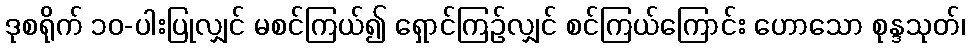
ဒုစရိုက် ၁၀-ပါးပြုလျှင် မစင်ကြယ်၍ ရှောင်ကြဉ်လျှင် စင်ကြယ်ကြောင်း ဟောသော စုန္ဒသုတ်၊